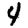
Digit: 4